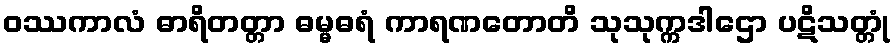
ဝဿကာလံ ဓာရိတတ္တာ ဓမ္မဓရံ ကာရဏတောတိ သုသုက္ကဒါဌော ပဋိသတ္တုံ